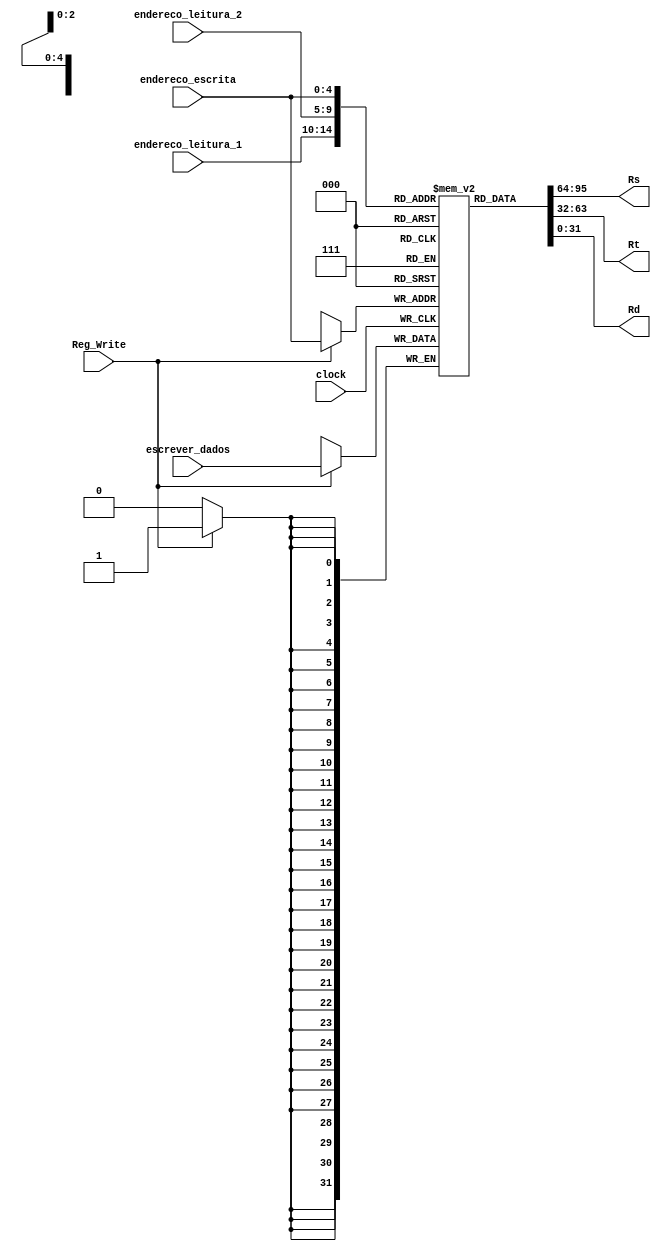
module Banco_Registradores (endereco_leitura_1, endereco_leitura_2, endereco_escrita, Rs, Rt, Rd, escrever_dados, Reg_Write, clock);

	input [4:0] endereco_leitura_1;
	input [4:0] endereco_leitura_2;
	input [4:0] endereco_escrita;
	input [31:0] escrever_dados;
	input Reg_Write;
	input clock;
	
	output [31:0] Rs;
	output [31:0] Rt;
	output [31:0] Rd;
	
	reg [31:0] registers [31:0]; // declarando 32 registradores com 32 bits em cada um
	
	always @ (posedge clock) begin
	
		if (Reg_Write == 1)
	
			registers[endereco_escrita] = escrever_dados;
	
	end
	
	assign Rs = registers[endereco_leitura_1];
	assign Rt = registers[endereco_leitura_2];
	assign Rd = registers[endereco_escrita];
	
	
endmodule